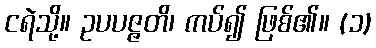
ငရဲသို့။ ဥပပဇ္ဇတိ၊ ကပ်၍ ဖြစ်၏။ (၁)